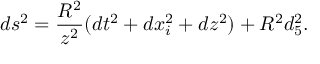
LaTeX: d s ^ { 2 } = { \frac { R ^ { 2 } } { z ^ { 2 } } } ( d t ^ { 2 } + d x _ { i } ^ { 2 } + d z ^ { 2 } ) + R ^ { 2 } d \O _ { 5 } ^ { 2 } .